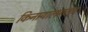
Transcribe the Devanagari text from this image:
किनार्‍यालगतच